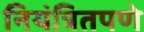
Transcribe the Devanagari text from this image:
नियंत्रितपणे